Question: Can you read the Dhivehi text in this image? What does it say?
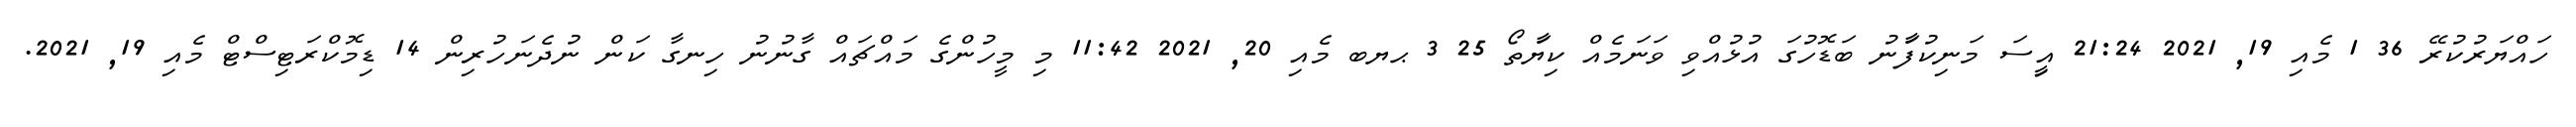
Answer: ހައްޔަރުކުރޭ 36 1 މެއި 19, 2021 21:24 އިީސަ މަނިކުފަާނު ބަޑޮހުގަ އުޅުއްވި ވަނަމެއް ކިޔަާތޯ 25 3 ޙޔބ މެއި 20, 2021 11:42 މި މީހުންގެ މައްޗައް ގާނުނު ހިނގާ ކަން ނުދެނަހުރިން 14 ޑިމޮކްރަޓިސްޓް މެއި 19, 2021.